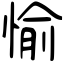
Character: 愉